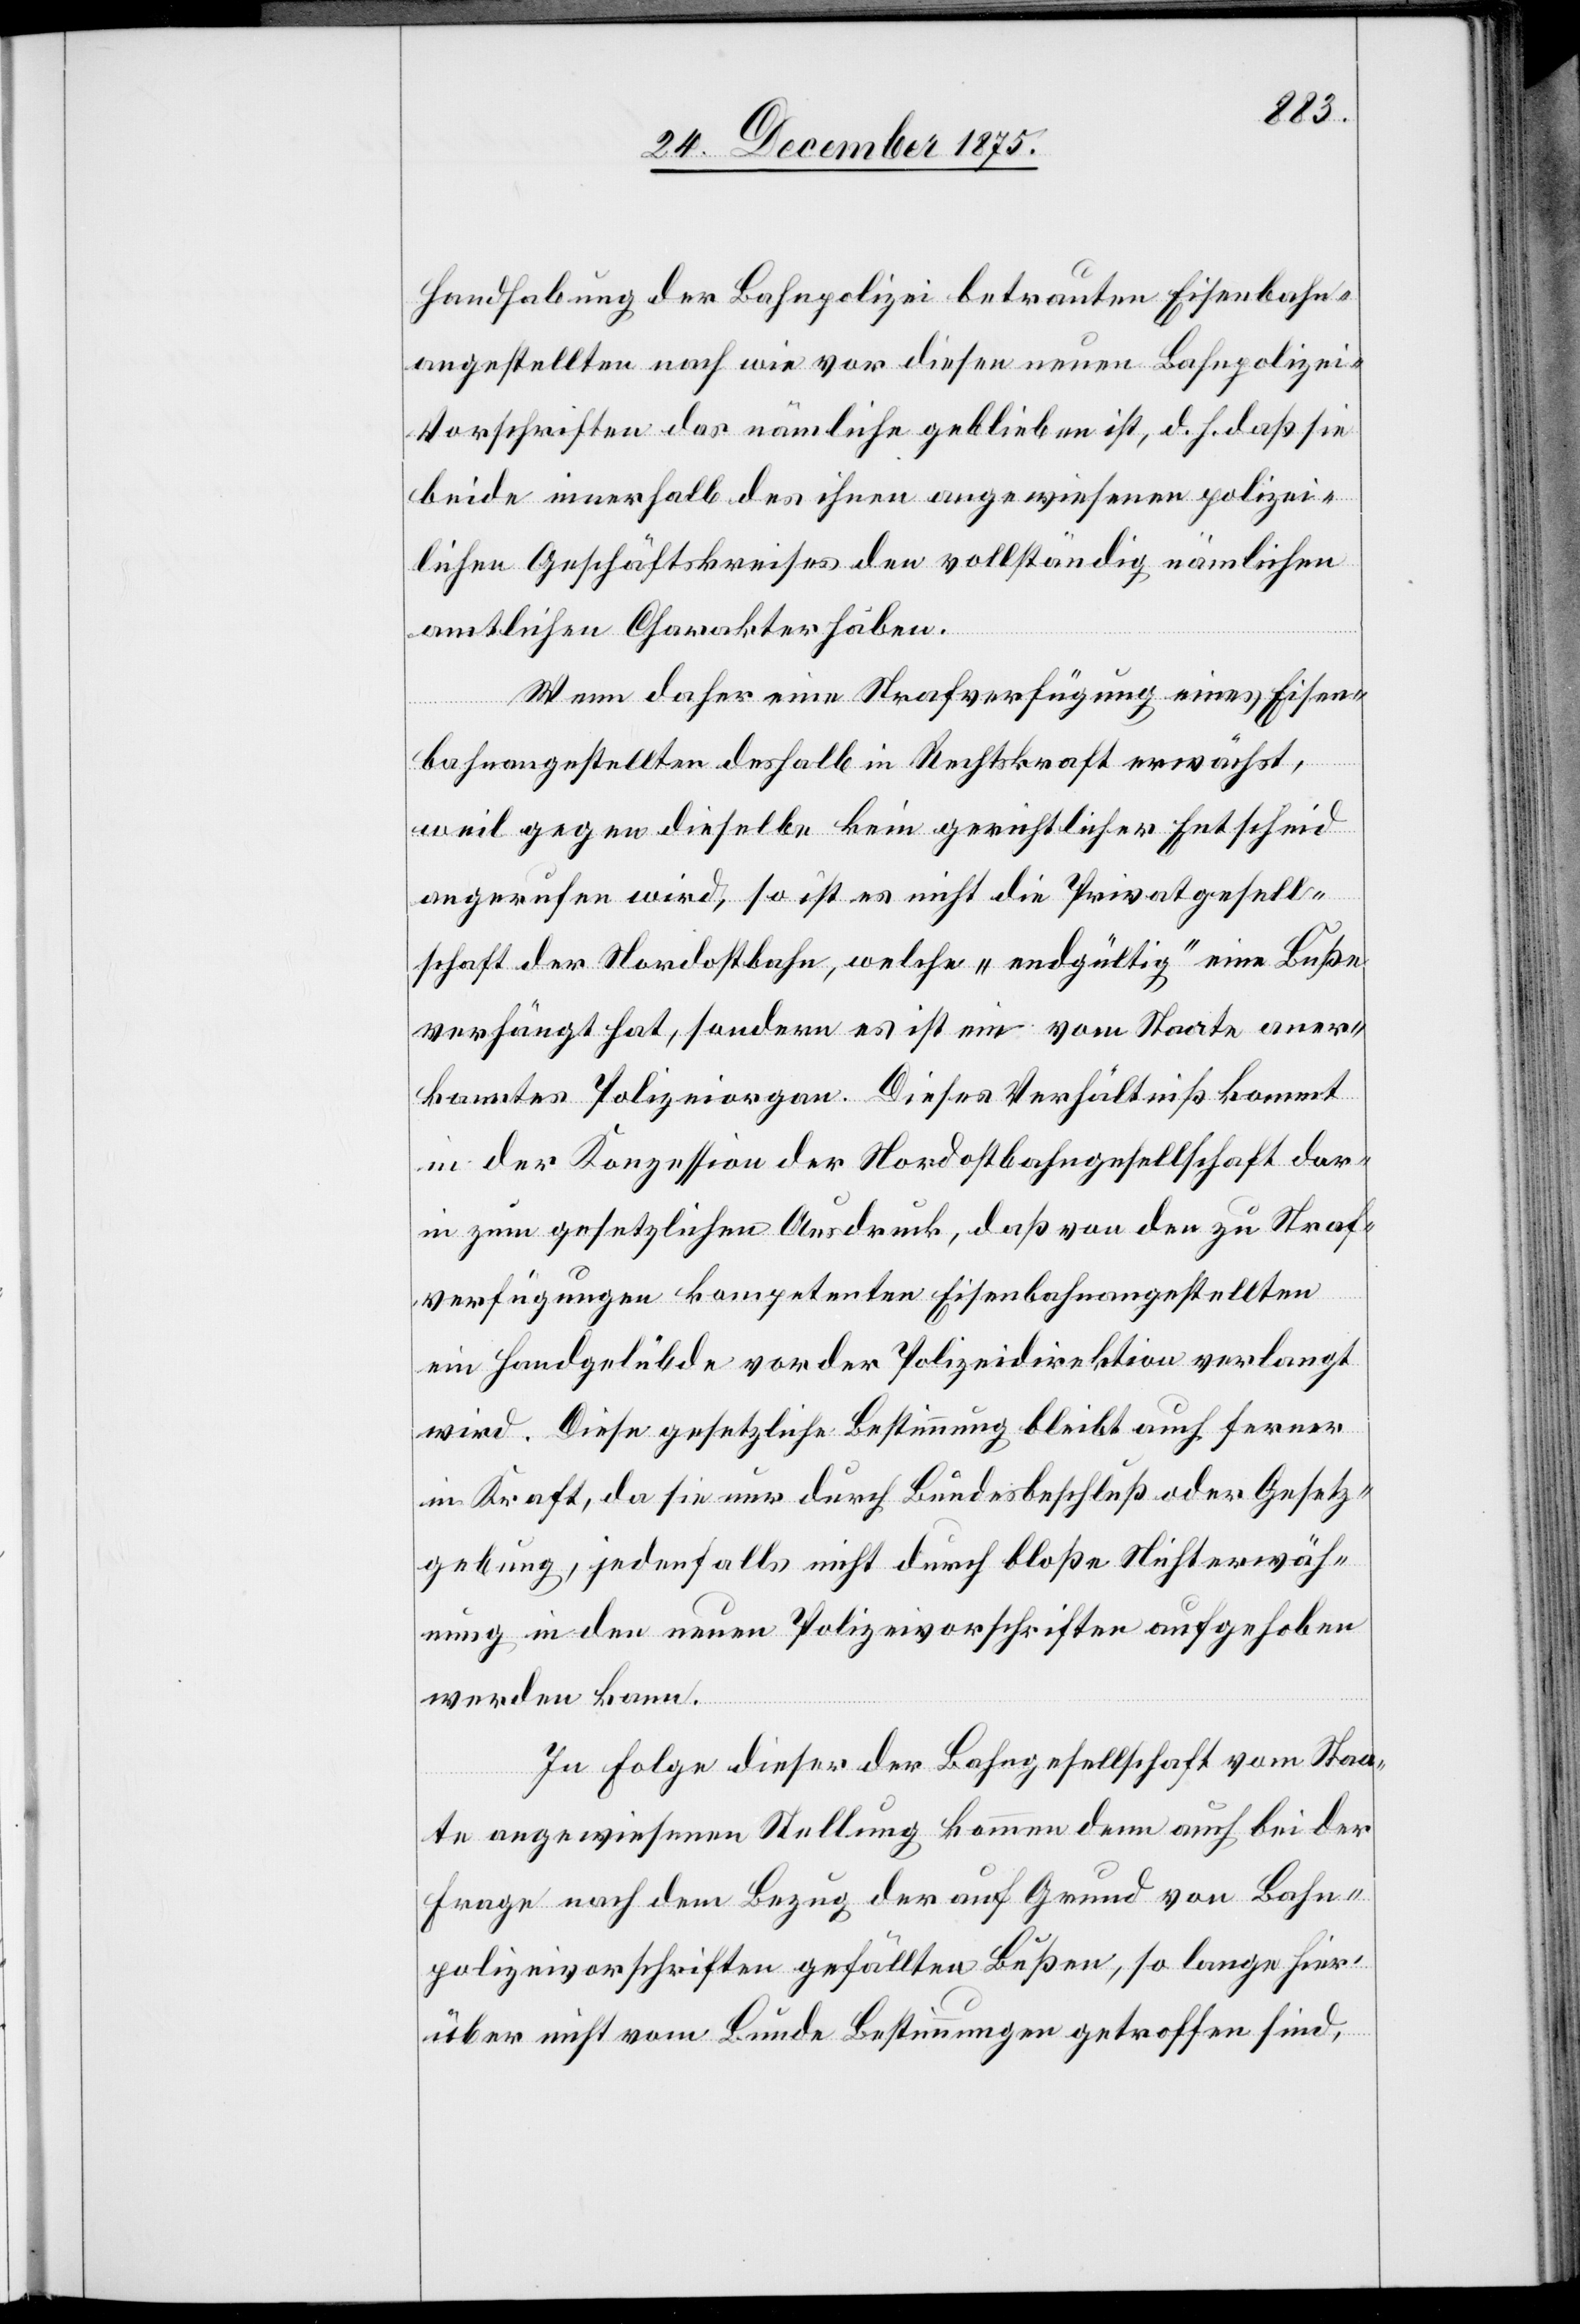
Handhabung der Bahnpolizei betrauten Eisenbahn¬
angestellten nach wie vor diesen neuen Bahnpolizei-V¬
orschriften das nämliche geblieben ist, d. h. daß sie
beide innerhalb des ihnen angewiesenen polizei¬
lichen Geschäftskreises den vollständig nämlichen
amtlichen Charakter haben.
Wenn daher eine Strafverfolgung eines Eisen¬
bahnangestellten deshalb in Rechtskraft erwächst,
weil gegen dieselbe kein gerichtlicher Entscheid
angerufen wird, so ist es nicht die Privatgesell¬
schaft der Nordostbahn, welche „endgültig“ eine Buße
verhängt hat, sondern es ist ein vom Staate aner¬
kanntes Polizeiorgan. Dieses Verhältniß kommt
in der Konzession der Nordostbahngesellschaft dar¬
in zum gesetzlichen Ausdruck, daß von den zu Straf¬
verfügungen kompetenten Eisenbahnangestellten
ein Handgelübte vor der Polizeidirektion verlangt
wird. Diese gesetzliche Bestimmung bleibt auch ferner
in Kraft, da sie nur durch Bundesbeschluß oder Gesetz¬
gebung, jedenfalls nicht durch bloße Nichterwäh¬
nung in den neuen Polizeivorschriften aufgehoben
werden kann.
In Folge dieser der Bahngesellschaft vom Staa¬
te angewiesenen Stellung kommen denn auch bei der
Frage nach dem Bezug der auf Grund von Bahn¬
polizeivorschriften gefällten Bußen, so lange hier¬
über nicht vom Bunde Bestimmungen getroffen sind,